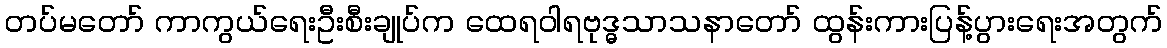
တပ်မတော် ကာကွယ်ရေးဦးစီးချုပ်က ထေရဝါရဗုဒ္ဓသာသနာတော် ထွန်းကားပြန့်ပွားရေးအတွက်